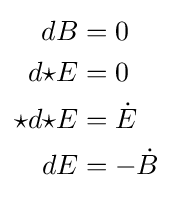
{\begin{aligned}dB&=0\\d{\star E}&=0\\\star d{\star E}&={\dot {E}}\\dE&=-{\dot {B}}\end{aligned}}